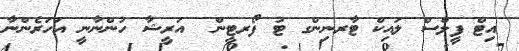
އިޓް ފީލްސް ލައިކް ޓާރނިންގ ޓު ފޯރޓީން  އަރީޝާ ހުންނާނީ އަހަރެންނާ